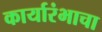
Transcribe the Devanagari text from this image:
कार्यारंभाचा